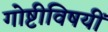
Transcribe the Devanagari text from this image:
गोष्टीविषयीं